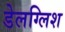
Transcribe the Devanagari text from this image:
डेलग्लिश